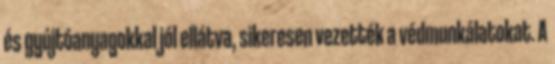
és gyújtóanyagokkal jól ellátva, sikeresen vezették a védmunkálatokat. A